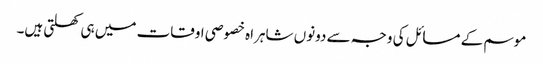
موسم کے مسائل کی وجہ سے دونوں شاہراہ خصوصی اوقات میں ہی کھلتی ہیں۔